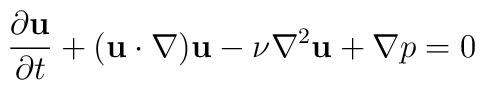
\frac{\partial {\bf u}}{\partial t}+({\bf u}\cdot\nabla){\bf u}    -\nu\nabla^2{\bf u}+\nabla p=0